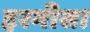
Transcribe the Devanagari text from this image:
हरमीस।